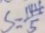
S = \frac { 1 4 4 } { 5 }